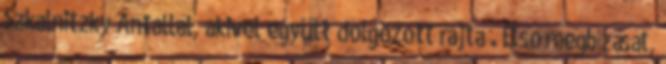
Szkalnitzky Antallal, akivel együtt dolgozott rajta . Első megbízását,